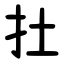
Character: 扗